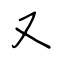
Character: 又